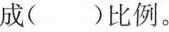
成( )比例。